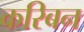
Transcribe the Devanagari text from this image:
करिबन